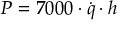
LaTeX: P = 7 0 0 0 \cdot { \dot { q } } \cdot h